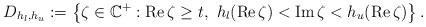
LaTeX: \begin{align*}D_{h_{l},h_{u}}:=\left\lbrace \zeta\in\mathbb{C}^{+}:\mathrm{Re}\,\zeta\geq t,\ h_{l}(\mathrm{Re}\,\zeta)<\mathrm{Im}\,\zeta<h_{u}(\mathrm{Re}\,\zeta)\right\rbrace .\end{align*}